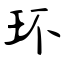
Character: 环